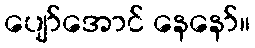
ပျော်အောင် နေနော်။